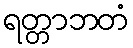
ရတ္တာဘတံ